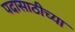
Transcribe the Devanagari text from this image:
पदासाठीच्या